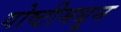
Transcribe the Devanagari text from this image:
गोष्टीमधून